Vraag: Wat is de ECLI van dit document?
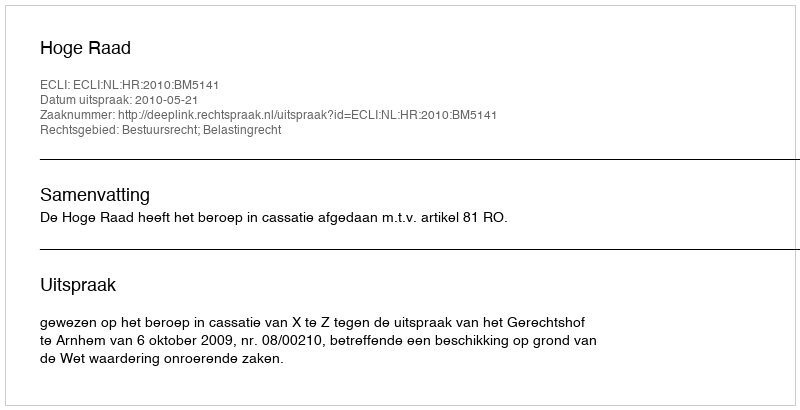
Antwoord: ECLI:NL:HR:2010:BM5141